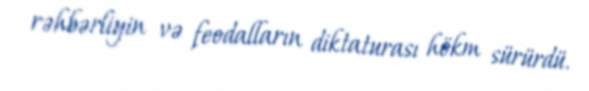
rəhbərliyin və feodalların diktaturası hökm sürürdü.